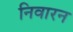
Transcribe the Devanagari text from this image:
निवारन